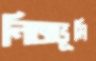
নিজভূমি